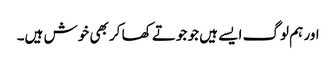
اور ہم لوگ ایسے ہیں جو جوتے کھا کر بھی خوش ہیں۔